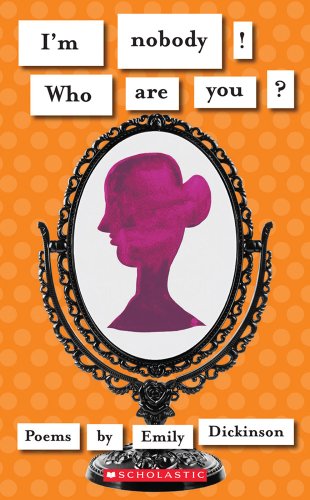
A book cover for I'm Nobody! Who Are You? (Scholastic Classics); Emily Dickinson; Teen & Young Adult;